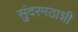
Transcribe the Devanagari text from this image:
सुंदरमठाशी